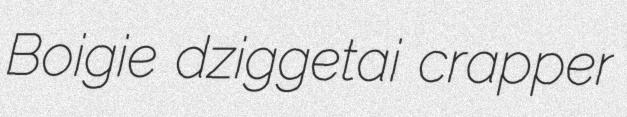
Boigie dziggetai crapper